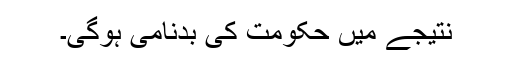
نتیجے میں حکومت کی بدنامی ہوگی۔